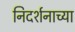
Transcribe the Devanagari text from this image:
निदर्शनाच्या